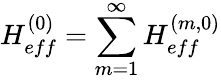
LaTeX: H_{eff}^{(0)}=\sum_{m=1}^{\infty}H_{eff}^{(m,0)}